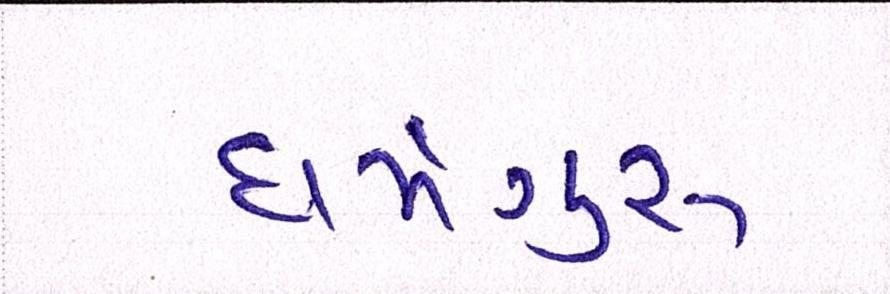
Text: ધર્મગુરૂ